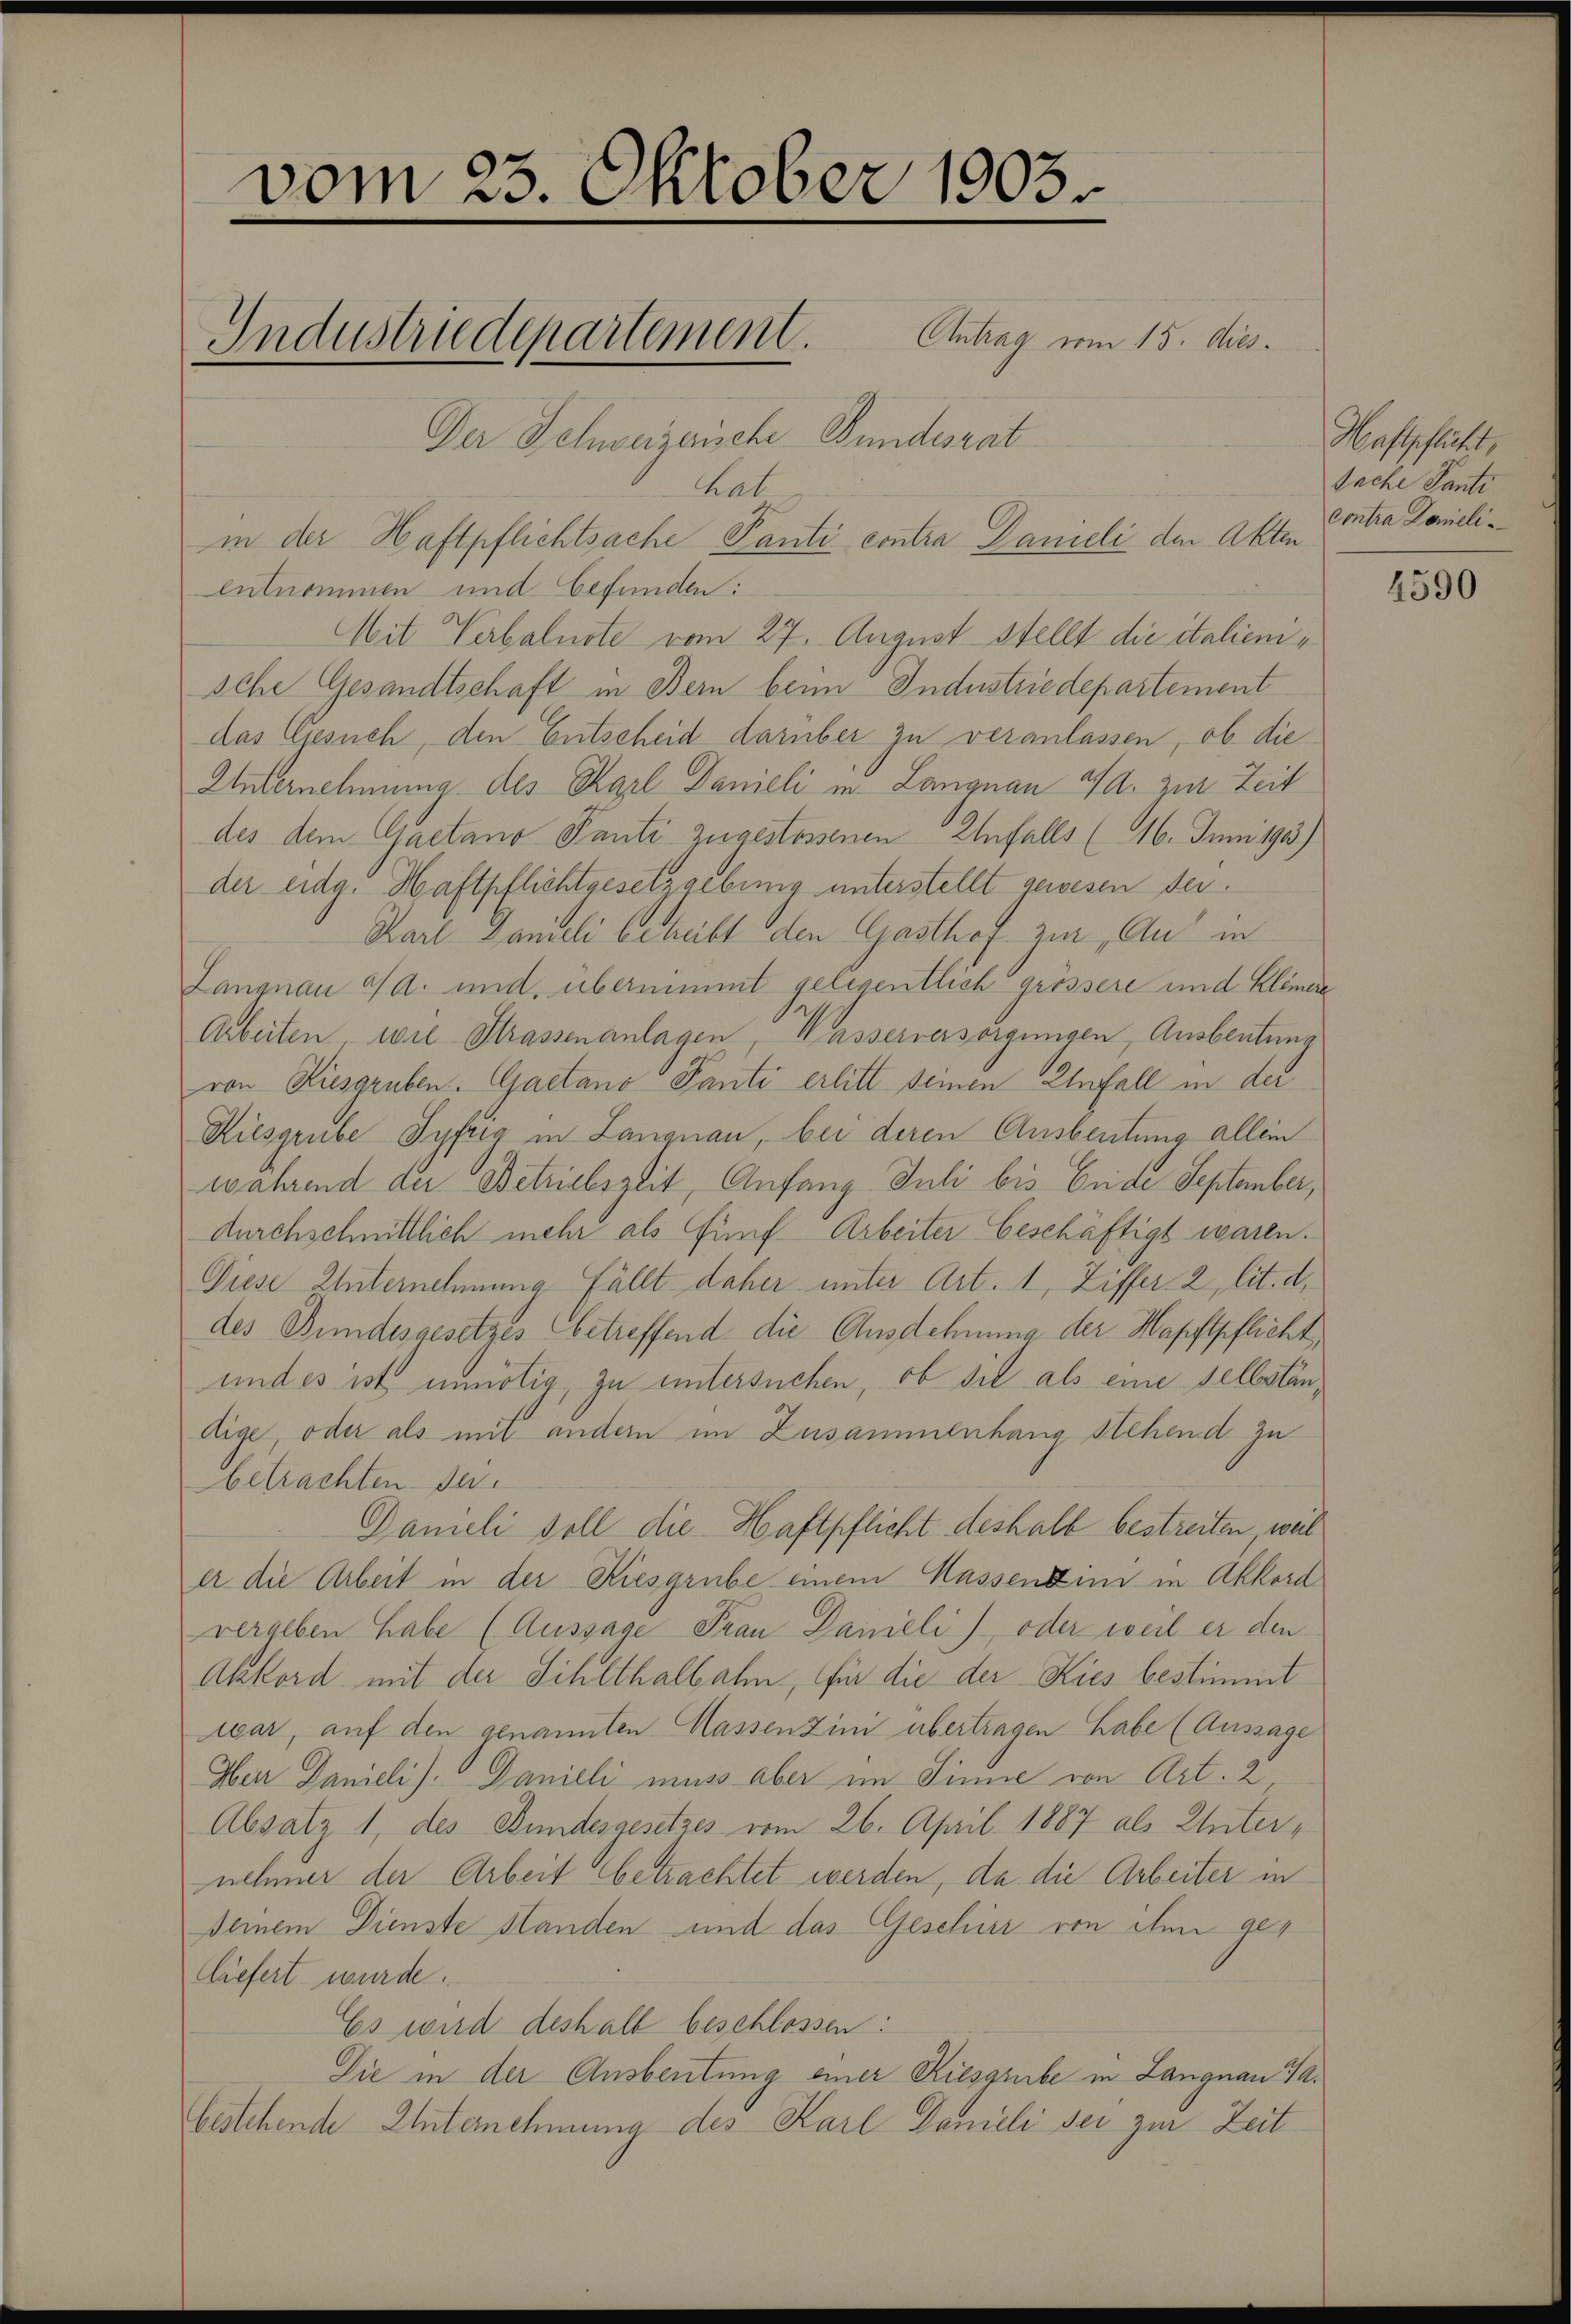
vom 23. Oktober 1903

Der Schweizerische Bundesrat

Industriedepartement. Antrag vom 15. dies

hat
in der Haftpflichtsache Panti contra Danieli den Akten
entnommen und befunden:
Mit Verbalnote vom 27. August stellt die italienische Gesandtschaft in Bern beim Industriedepartement
das Gesuch, den Entscheid darüber zu veranlassen, ob die
Unternehmung des Karl Danieli in Langnau 4a. zur Zeit
des dem Gaetano Panti zugestossenen Unfalls (16. Juni 1933)
der eidg. Haftpflichtgesetzgebung unterstellt gewesen sei.
Karl Danieli behalt den Gasthof zur Aus in
Langnau a/d. und, übernimmt gelegentlich grössere und Kleiner
Arbeiten, wie Strassenanlagen, Wasserversorgungen, Ausbeutung
ron Kiesgruben. Gaetano Panti erlitt seinen Unfall(...) der
Kiesgrube Syfrig in Langnau, bei deren Ausbeutung allein
während an Betriebszeit, Anfang Juli bis Ende September,
durchschnittlich mehr als fünf Arbeiter beschäftigt waren.
Diese Unternehmung fällt daher unter Art. 1, Ziffer 2, lit. d.
des Bundesgesetzes betreffend die Ausdehnung der Hapftpflicht,
undes ist unnötig, zu untersuchen, ob sie als eine selbständige, oder als mit andern im Zusammenhang stehend zu
betrachten der
Danieli soll die Haftpflicht deshalb bestreiten, weil
er die Arbeit in der Kiesgrube einem Massenden in Akkord
vergeben habe (Aussage Frau Danieli), oder weil er den
Akkord mit der Sihlthalbahn, für die der Kies bestimmt
war, auf den genannten Massen Zini übertragen habe (Aussage
Herr Danieli). Danieli muss aber im Sinne von Art. 2
Absatz 1, des Bundesgesetzes vom 26. April 1887 als Unternehmer der Arbeit betrachtet werden, da die Arbeiter in
Deinem Dienste Standen und das Geschier von ihm geliefert wurde.
Es wird deshalb beschlossen:
Die in der Ausbeutung einer Kiesgrube in Langnau Jabestehende Unternehmung des Karl Danieli sei zur Zeit

Haftpflicht,
Sache Panti
Contra Domieli.

4590